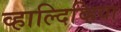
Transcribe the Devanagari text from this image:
व्हाल्दिव्हिया